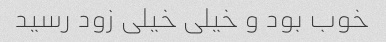
خوب بود و خیلی خیلی زود رسید